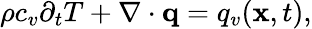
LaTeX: \begin{array}{r}{\rho c_{v}\partial_{t}T+\nabla\cdot\mathbf q=q_{v}(\mathbf x,t),}\end{array}